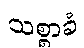
သစ္စာခံ